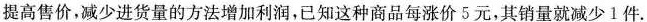
提高售价，减少进货量的方法增加利润，已知这种商品每涨价5元，其销量就减少1件。